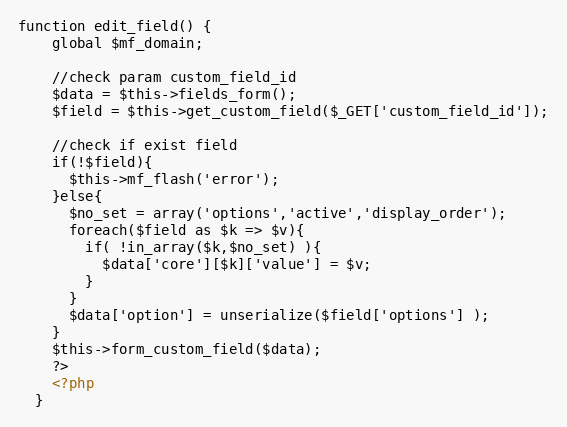
Language: PHP
function edit_field() {
    global $mf_domain;

    //check param custom_field_id
    $data = $this->fields_form();
    $field = $this->get_custom_field($_GET['custom_field_id']);

    //check if exist field
    if(!$field){
      $this->mf_flash('error');
    }else{
      $no_set = array('options','active','display_order');
      foreach($field as $k => $v){
        if( !in_array($k,$no_set) ){
          $data['core'][$k]['value'] = $v;
        }
      }
      $data['option'] = unserialize($field['options'] );
    }
    $this->form_custom_field($data);
    ?>
    <?php
  }